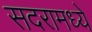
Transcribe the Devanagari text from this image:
सदरामध्ये